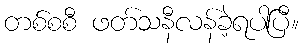
တစ်စစီ ဖတ်သနီလန်ခဲ့ရပါပြီ။